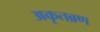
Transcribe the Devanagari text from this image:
अकृतब्रण